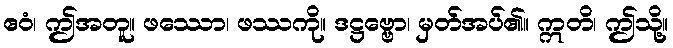
ဧဝံ၊ ဤအတူ။ ဖဿော၊ ဖဿကို။ ဒဋ္ဌဗ္ဗော၊ မှတ်အပ်၏။ ဣတိ၊ ဤသို့။